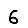
Digit: 6